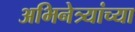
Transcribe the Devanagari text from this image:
अभिनेत्र्यांच्या